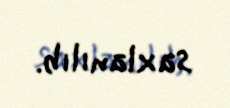
saxlanılıb.